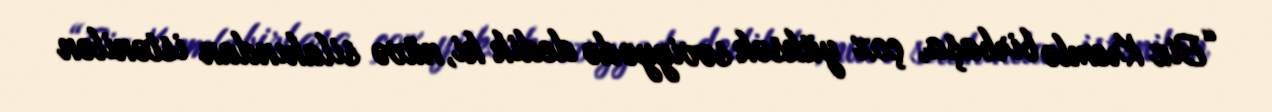
“Biz Kremlə birbaşa, çox yüksək səviyyədə dedik ki, nüvə silahından istənilən